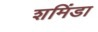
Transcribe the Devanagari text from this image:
शमिंडा